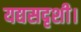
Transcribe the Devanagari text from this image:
यद्यसदृशी।